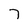
Character: 7